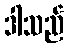
ဒါသည်